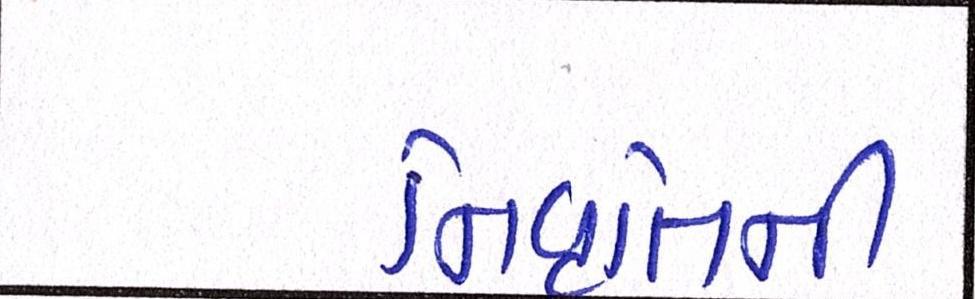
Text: નિવૃત્તિની